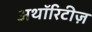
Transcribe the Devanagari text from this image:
अथॉरिटीज़